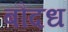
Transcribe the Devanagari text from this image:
बौदध